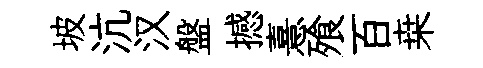
坡沆汉盤撼憙飱百桒